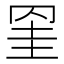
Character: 𦊱